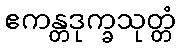
ဧကန္တဒုက္ခသုတ္တံ